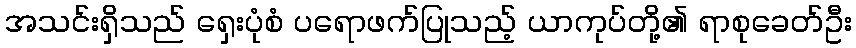
အသင်းရှိသည် ရှေးပုံစံ ပရောဖက်ပြုသည့် ယာကုပ်တို့၏ ရာစုခေတ်ဦး